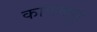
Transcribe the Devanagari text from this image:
काणवपुर